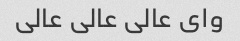
وای عالی عالی عالی